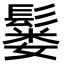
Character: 𫙂